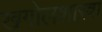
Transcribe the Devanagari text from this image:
खगोलशास्त्रा